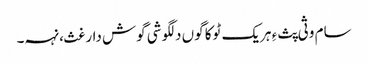
سام وثی پث ءِ ہریک ٹوکا گوں دلگوشی گوش دارغث، نہہ۔